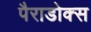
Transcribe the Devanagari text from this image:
पैराडोक्स